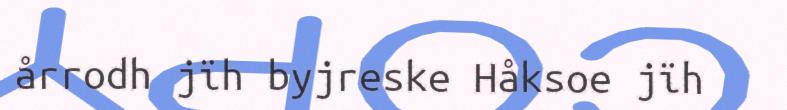
årrodh jïh byjreske Håksoe jïh